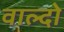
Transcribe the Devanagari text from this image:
वाल्दो